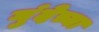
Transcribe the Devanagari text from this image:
गुंदेच्या